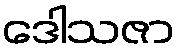
ဒေါသဇာ